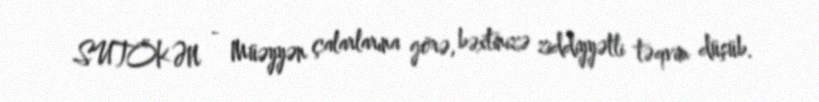
SUTÖKƏN - Müəyyən çalarlarına görə, bəxtinizə ziddiyyətli təqvim düşüb.